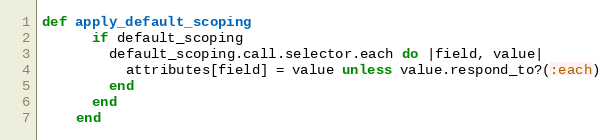
Language: Ruby
def apply_default_scoping
      if default_scoping
        default_scoping.call.selector.each do |field, value|
          attributes[field] = value unless value.respond_to?(:each)
        end
      end
    end